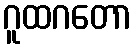
ဂူထဂတော